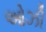
ઓઝી